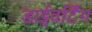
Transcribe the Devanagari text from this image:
डाईवर्टिंग